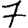
Digit: 7